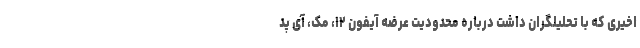
اخیری که با تحلیلگران داشت درباره محدودیت عرضه آیفون ۱۲، مک، آی پد